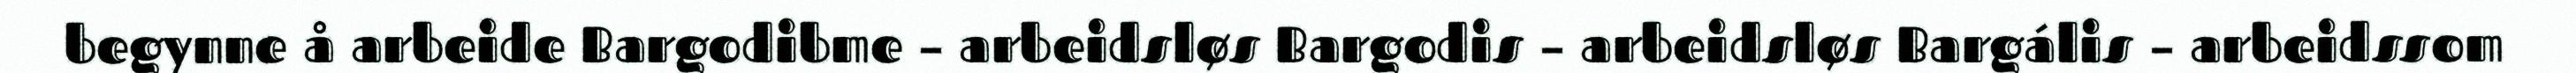
begynne å arbeide Bargodibme – arbeidsløs Bargodis – arbeidsløs Bargális – arbeidssom